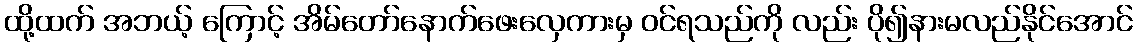
ထို့ထက် အဘယ့် ကြောင့် အိမ်တော်နောက်ဖေးလှေကားမှ ဝင်ရသည်ကို လည်း ပို၍နားမလည်နိုင်အောင်